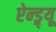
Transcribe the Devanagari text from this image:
ऐन्ड्र्यू